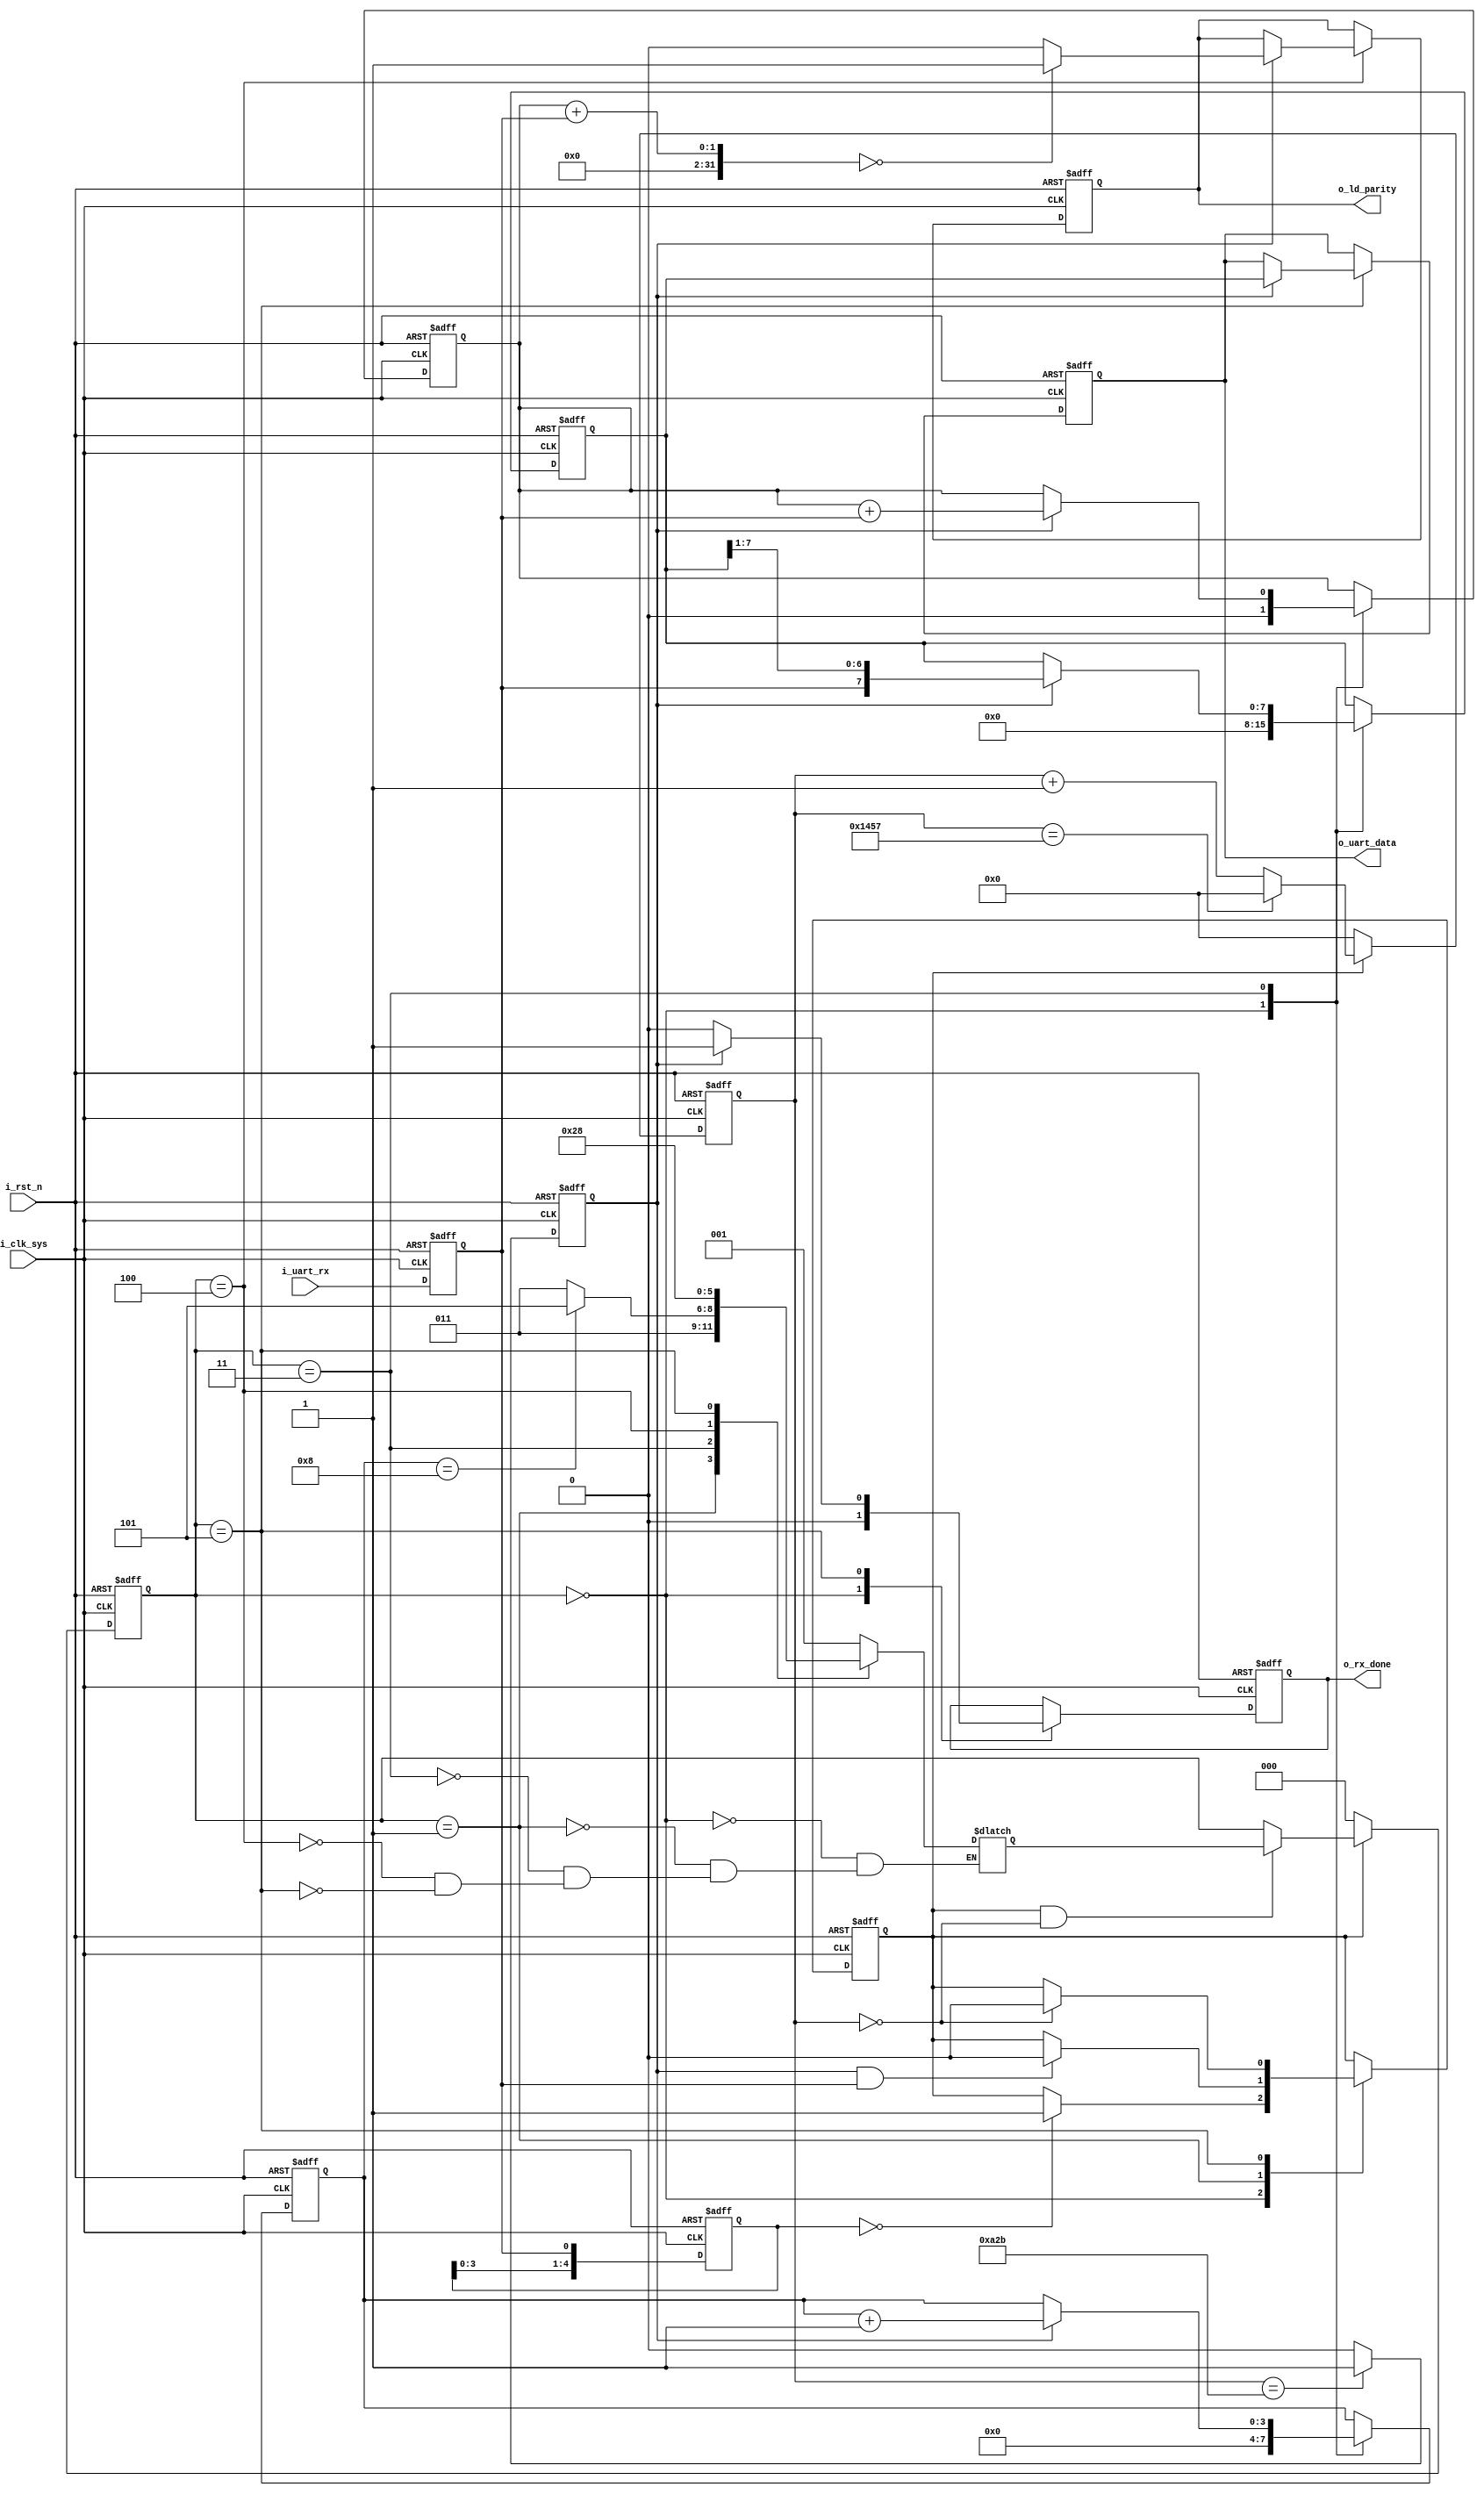
module uart_rx
#(
    parameter CLK_FRE = 50,         //50MHz clk
    parameter DATA_WIDTH = 8,       
    parameter PARITY_ON = 0,        //1 = parity check on, DO NOT use for now
    parameter PARITY_TYPE = 0,      //0 = even parity, 1 = odd parity
    parameter BAUD_RATE = 9600      
)
(
    input                           i_clk_sys,      
    input                           i_rst_n,        
    input                           i_uart_rx,      
    output reg[DATA_WIDTH-1 :0]     o_uart_data,    
    output reg                      o_ld_parity,    //parity check VALID = 1, can be linked to a LED
    output reg                      o_rx_done       
    );
    

    reg sync_uart_rx;
    always@(posedge i_clk_sys or negedge i_rst_n)
        begin
            if(!i_rst_n)
                sync_uart_rx <= 1'b1;
            else
                sync_uart_rx <= i_uart_rx;
        end
    
 
    reg [4:0] r_flag_rcv_start;
    wire w_rcv_start;
    always@(posedge i_clk_sys or negedge i_rst_n)
        begin
            if(!i_rst_n)
                r_flag_rcv_start <= 5'b11111;
            else
                r_flag_rcv_start <= {r_flag_rcv_start[3:0], sync_uart_rx};
        end
    
    

    reg [2:0] r_current_state;  
    reg [2:0] r_next_state;   
        
    localparam STATE_IDLE = 3'b000;       
    localparam STATE_START = 3'b001;       
    localparam STATE_DATA = 3'b011;         
    localparam STATE_PARITY = 3'b100;       
    localparam STATE_END = 3'b101;          
    
    
    localparam CYCLE = CLK_FRE * 1000000 / BAUD_RATE;
    
    reg baud_valid;                       
    reg [15:0] baud_cnt;                  
    reg baud_pulse;                   
    
    reg [3:0]   r_rcv_cnt;     
    

    always@(posedge i_clk_sys or negedge i_rst_n)
        begin
            if(!i_rst_n)
                baud_cnt <= 16'h0000;
            else if(!baud_valid)
                baud_cnt <= 16'h0000;
            else if(baud_cnt == CYCLE - 1)
                baud_cnt <= 16'h0000;
            else
                baud_cnt <= baud_cnt + 1'b1;
        end
        

    always@(posedge i_clk_sys or negedge i_rst_n)
        begin
            if(!i_rst_n)
                baud_pulse <= 1'b0;
            else if(baud_cnt == CYCLE/2-1)
                baud_pulse <= 1'b1;
            else
                baud_pulse <= 1'b0;
        end
    

    always@(posedge i_clk_sys or negedge i_rst_n)
        begin
            if(!i_rst_n)
                r_current_state <= STATE_IDLE;
            else if(!baud_valid)
                r_current_state <= STATE_IDLE;
            else if(baud_valid && baud_cnt == 16'h0000)
                r_current_state <= r_next_state;
        end
    

    always@(*)
        begin
            case(r_current_state)
                STATE_IDLE:     r_next_state <= STATE_START;
                STATE_START:    r_next_state <= STATE_DATA;
                STATE_DATA:
                    if(r_rcv_cnt == DATA_WIDTH)
                        begin
                            if(PARITY_ON == 0)
                                r_next_state <= STATE_END;
                            else
                                r_next_state <= STATE_PARITY; 
                        end
                    else
                        begin
                                r_next_state <= STATE_DATA;
                        end
                STATE_PARITY:   r_next_state <= STATE_END;
                STATE_END:      r_next_state <= STATE_IDLE;
                default:;
            endcase
        end
    
    
    reg[DATA_WIDTH - 1 :0] r_data_rcv;
    reg r_parity_check;
    
  
    always@(posedge i_clk_sys or negedge i_rst_n)
        begin
            if(!i_rst_n)
                begin
                    baud_valid <= 1'b0;
                    r_data_rcv <= 'd0;
                    r_rcv_cnt <= 4'd0;
                    r_parity_check <= 1'b0;
                    o_uart_data <= 'd0;
                    o_ld_parity <= 1'b0;
                    o_rx_done <= 1'b0;
                end
            else
                case(r_current_state)
                    STATE_IDLE:begin
                            r_rcv_cnt <= 4'd0;
                            r_data_rcv <= 'd0;
                            r_parity_check <= 1'b0;
                            o_rx_done <= 1'b0;
                            if(r_flag_rcv_start == 5'b00000)
                                baud_valid <= 1'b1;
                        end
                    STATE_START:begin
                            if(baud_pulse && sync_uart_rx)
                                baud_valid <= 1'b0;
                        end
                    STATE_DATA:begin
                            if(baud_pulse)
                                begin
                                    r_data_rcv <= {sync_uart_rx, r_data_rcv[DATA_WIDTH-1 : 1]}; 
                                    r_rcv_cnt <= r_rcv_cnt + 1'b1;                         
                                    r_parity_check <= r_parity_check + sync_uart_rx;   
                                end
                        end
                    STATE_PARITY:begin
                            if(baud_pulse)
                                begin
                                    if(r_parity_check + sync_uart_rx == PARITY_TYPE)
                                        o_ld_parity <= 1'b1;
                                    else
                                        o_ld_parity <= 1'b0;
                                end
                            else
                                        o_ld_parity <= o_ld_parity;
                        end
                    STATE_END:begin
                            if(baud_pulse)
                                begin
                                    if(PARITY_ON == 0 || o_ld_parity)
                                        begin
                                            o_uart_data <= r_data_rcv;
                                            o_rx_done <= 1'b1;
                                        end
                                end
                            else
                                begin
                                    o_rx_done <= 1'b0;
                                end
                            
                            if(baud_cnt == 16'h0000)
                                    baud_valid <= 1'b0;
                        end
                    default:;
                endcase
        end
    
    
endmodule